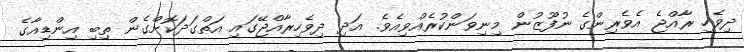
ދިވެހި ރާއްޖެ އެވެރިންގެ ނުފޫޒުން މިނިވަންކުރެއްވިއެވެ. އަދި ދިވެހިރާއްޖޭގައި އަތްގަދަކޮށްގެން ތިބި އިންޑިއާގެ